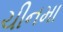
ચીનમા